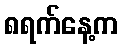
၈ရက်နေ့က